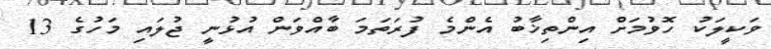
ވަކީލަކު ހޮވުމަށް އިންތިޚާބު އެންމެ ފުރަތަމަ ބާއްވަން އުޅުނީ ޖުލައި މަހުގެ 13